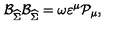
\mathcal { B } _ { \widehat { \Sigma } } \mathcal { B } _ { \widehat { \Sigma } } = \omega \varepsilon ^ { \mu } \mathcal { P } _ { \mu } ,